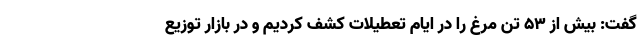
گفت: بیش از ۵۳ تن مرغ را در ایام تعطیلات کشف کردیم و در بازار توزیع